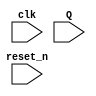
`timescale 1ns / 1ps
//////////////////////////////////////////////////////////////////////////////////
// Company: 
// Engineer: 
// 
// Design Name: 
// Module Name: up_counter
// Project Name: 
// Target Devices: 
// Tool Versions: 
// Description: 
// 
// Dependencies: 
// 
// Revision:
// Revision 0.01 - File Created
// Additional Comments:
// 
//////////////////////////////////////////////////////////////////////////////////

// by default counts from 0-15
module up_counter
    #(parameter BITS = 4)(
    input clk,
    input reset_n,
    input [BITS-1:0] Q
    );
    
    reg [BITS-1:0] Q_reg, Q_next; // Q_reg = current value and next is next value
    
    always@(posedge clk, negedge reset_n)
    begin
        if (~reset_n)
            Q_reg <= 'b0;
        else
            Q_reg <= Q_next;
    end
    
    // Next state logic
    always@(Q_reg)
    begin
        Q_next = Q_reg +1; //next value in a counter is the current value +1 // to count down change +1 to -1
    end
    
    assign Q = Q_reg;
    
endmodule